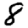
Digit: 8